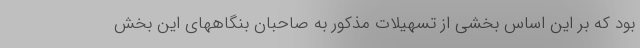
بود که بر این اساس بخشی از تسهیلات مذکور به صاحبان بنگاههای این بخش